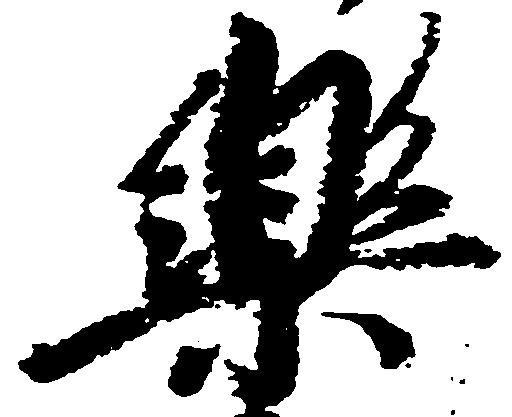
楽